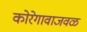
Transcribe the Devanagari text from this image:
कोरेगावाजवळ